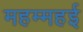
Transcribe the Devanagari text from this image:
महम्महई